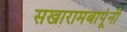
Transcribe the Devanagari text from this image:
सखारामबापूंनी